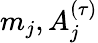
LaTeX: m_{j},A_{j}^{(\tau)}